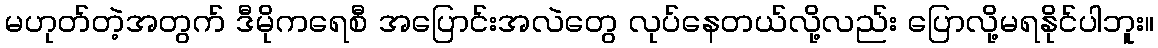
မဟုတ်တဲ့အတွက် ဒီမိုကရေစီ အပြောင်းအလဲတွေ လုပ်နေတယ်လို့လည်း ပြောလို့မရနိုင်ပါဘူး။